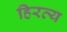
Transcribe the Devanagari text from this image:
हिरव्य